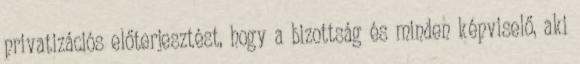
privatizációs előterjesztést, hogy a bizottság és minden képviselő, aki